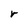
Character: r